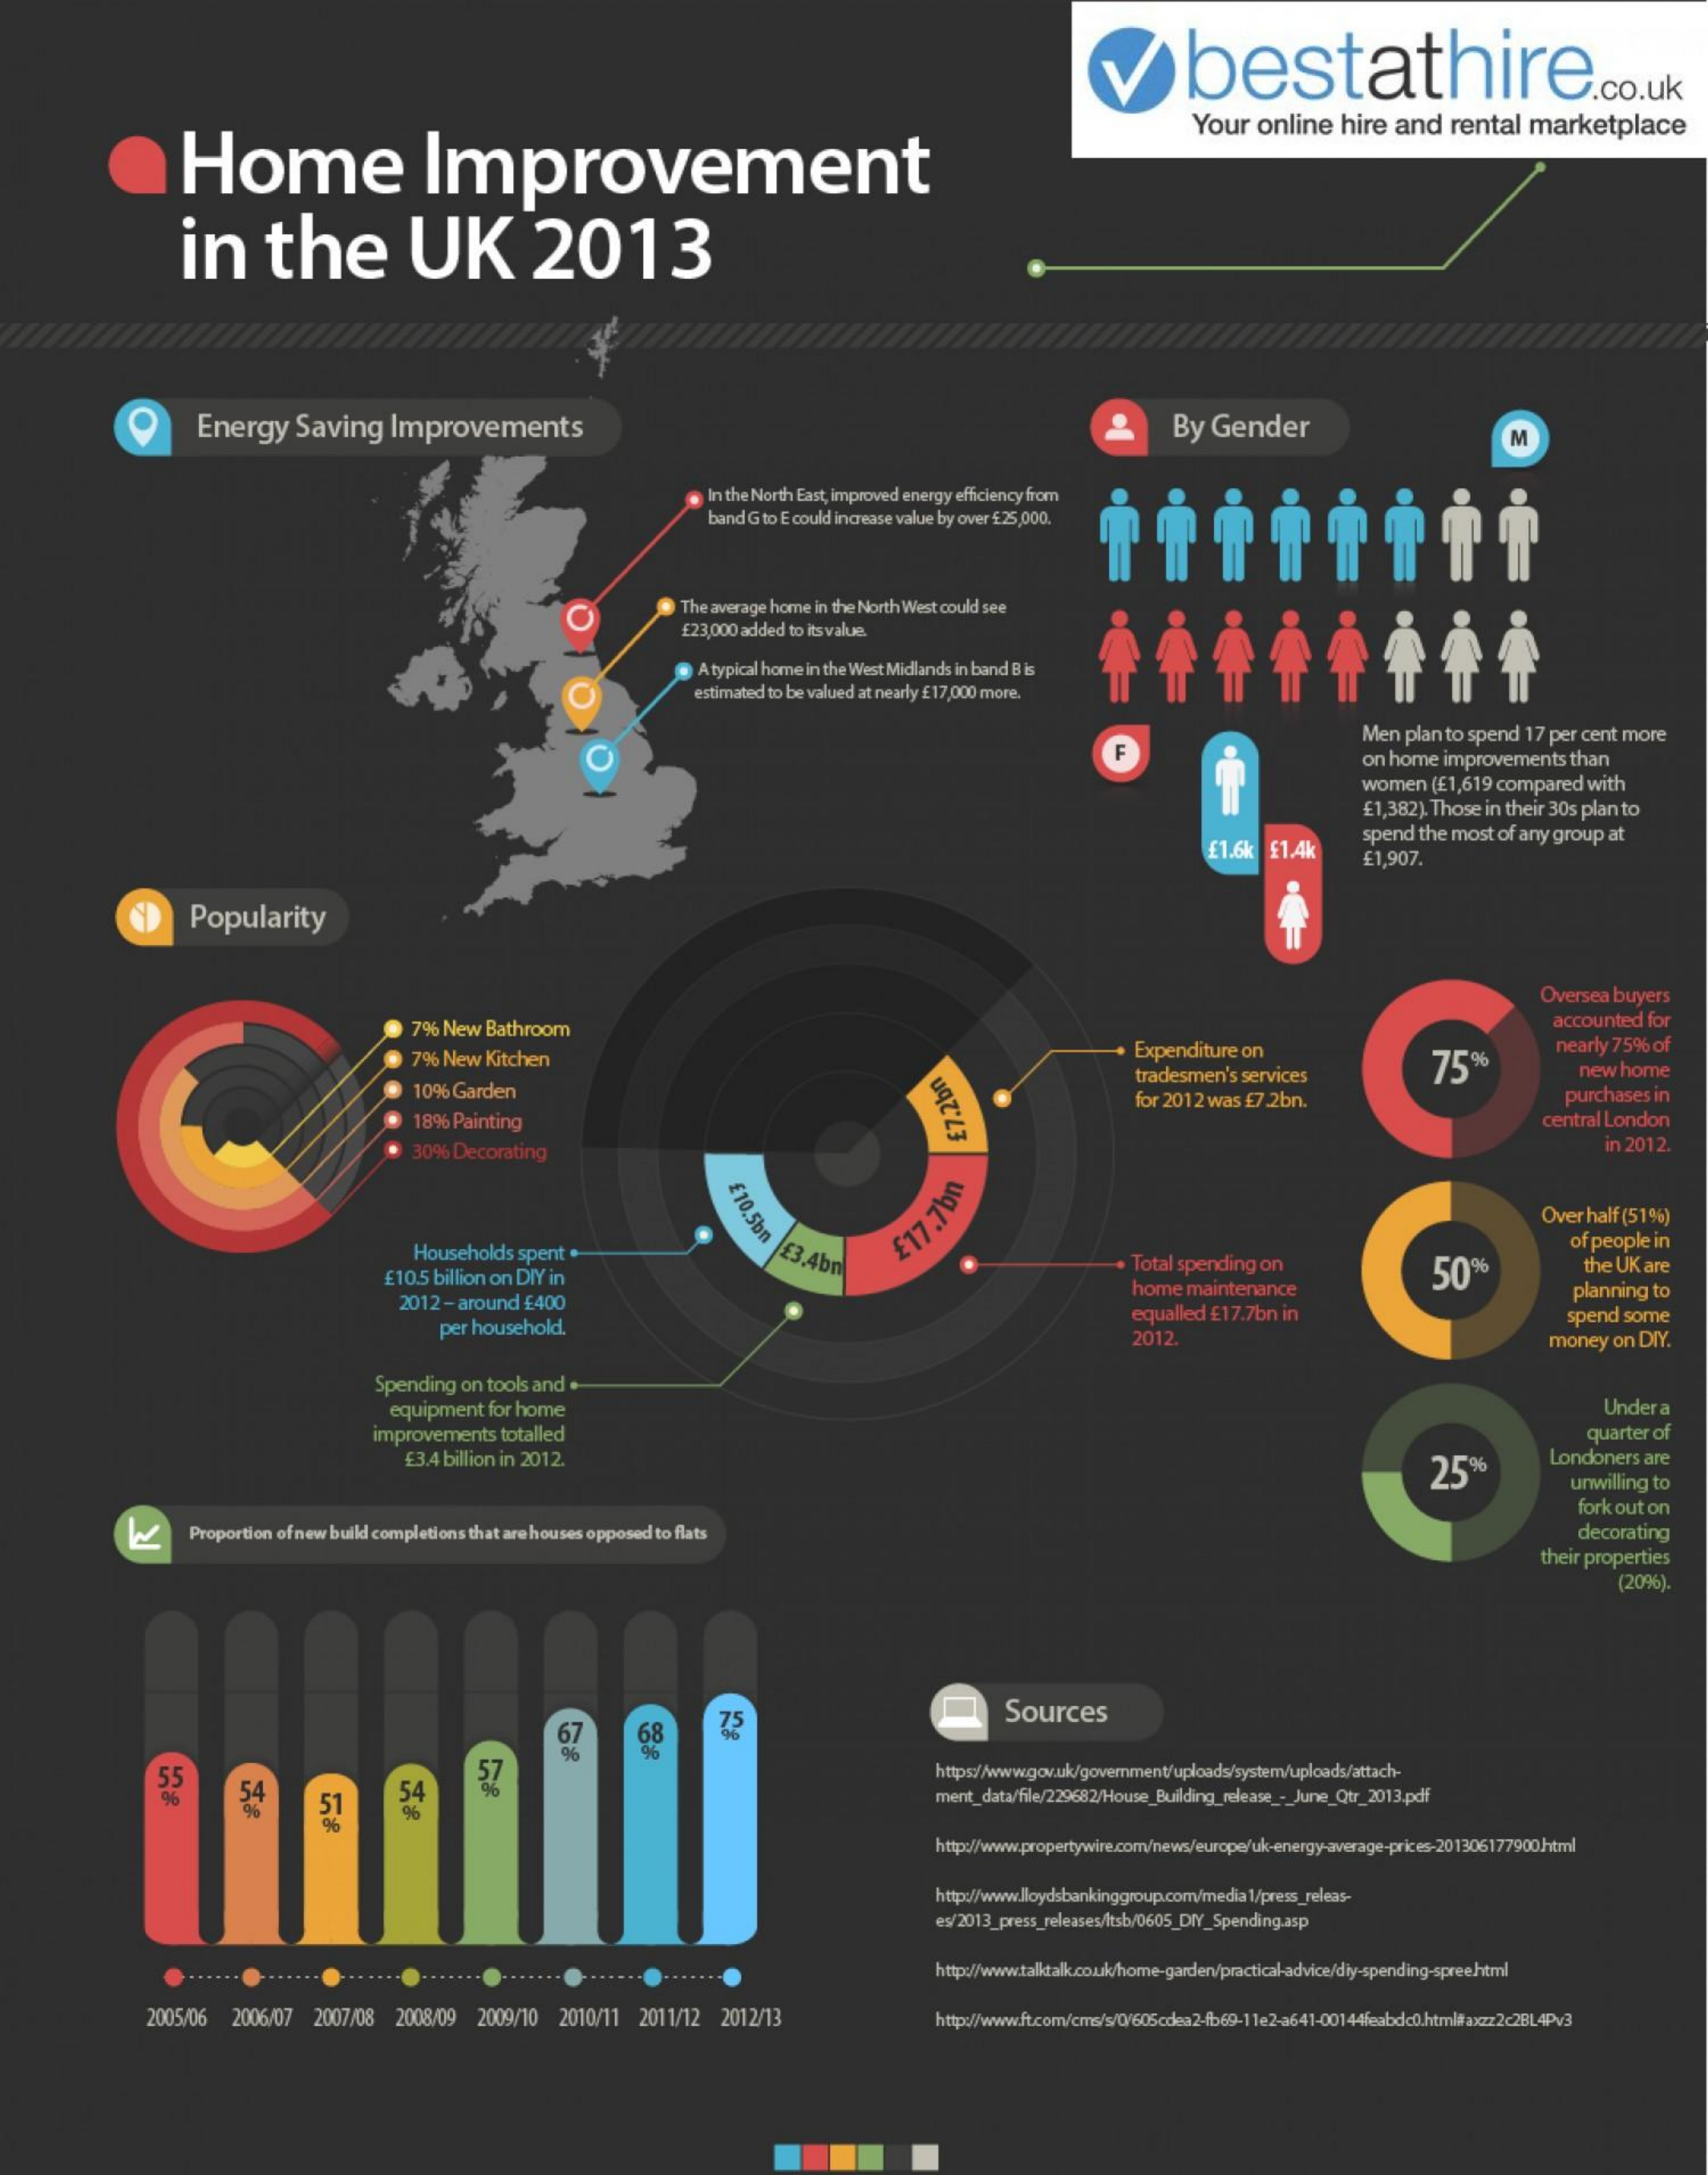
bestathire.    .co.uk
     Home    Improvement
     Your online  hire and   rental marketplace
     in    the    UK    2013
     O
     Energy   Saving   Improvements    By  Gender    M
     In the North East, improved energy efficiency from
     band G to E could increase value by over £25,000.
     The average home in the North West could see
     [23,000 added to its value.
     A typical home in the West Midlands in band B is
     estimated to be valued at nearly £17,000 more.
     F
     Men plan to spend 17 per cent more
     on home improvements than
     women (£1,619 compared with
     £1,382). Those in their 30s plan to
     £1.6k £1.4k
     spend the most of any group at
     £1,907.
     Popularity
     Oversea buyers
     7% New Bathroom    accounted for
     7% New Kitchen    Expenditure on
     75%
     nearly 75% of
     10% Garden
     tradesmen's services    new home
     for 2012 was £7 .2bn.    purchases in
     18% Painting    central London
     30% Decorating    in 2012.
     £7.2bn
     £10.5bn    Over half (51%)
     Households spent    163.4bp
     £10.5 billion on DIY in
     £17.7bn
     Total spending on    50%
     of people in
     the UK are
     2012-around £400
     home maintenance    planning to
     per household.
     equalled £17.7bn in    spend some
     2012.    money on DIY.
     Spending on tools and
     equipment for home    Under a
     improvements totalled    quarter of
     £3.4 billion in 2012.
     25%
     Londoners are
     unwilling to
     fork out on
     Proportion of new build completions that are houses opposed to flats    decorating
     their properties
     (20%).
     68    75    Sources
     5
     的    54
     57
     51    54
     http:/www.gov.uk/goverment/uploads/system/uploads/attach-
     ment_data/file/229682/House_Building_release _- _ June_Qtr_2013.pdf
     http:/www.propertywire.com/news/europe/uk-energy-average-prices-201306177900/html
     http://www.lloydsbankinggroup.com/media 1/press_releas-
     es/2013_press_releases/Itsb/0605_DrY_Spending.asp
     http://www.talktalk.co.uk/home-garden/practical-advice/dily-spending-spree.html
     2005/06 2006/07 2007/08 2008/09 2009/10 2010/11 2011/12 2012/13    http://www.ft.com/cma/s/0/605cdea2-f69-11e2-3641-00144feabdc0.html# axzz 2c2BL4Pv3